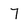
Character: 7